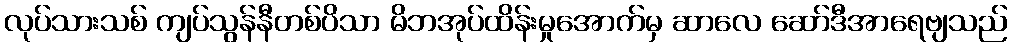
လုပ်သားသစ် ကျပ်သွန်နီတစ်ပိသာ မိဘအုပ်ထိန်းမှုအောက်မှ ဆာလေ ဆော်ဒီအာရေဗျသည်